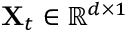
\mathbf { X } _ { t } \in \mathbb { R } ^ { d \times 1 }